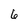
Character: 6